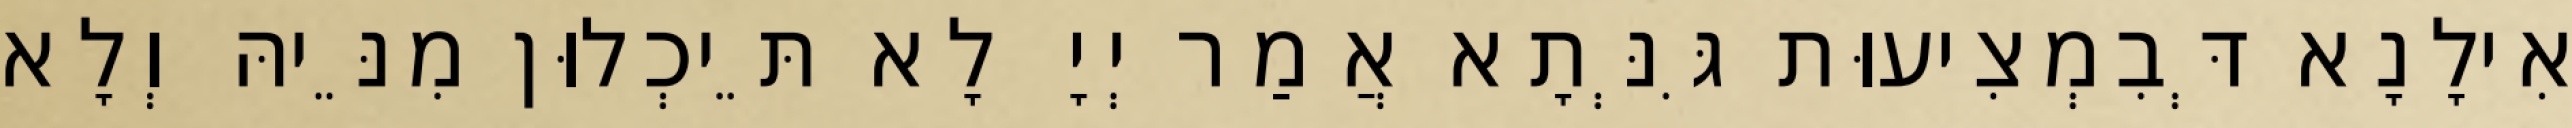
אִילָנָא דְּבִמְצִיעוּת גִּנְּתָא אֲמַר יְיָ לָא תֵּיכְלוּן מִנֵּיהּ וְלָא